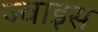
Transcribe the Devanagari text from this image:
ज्वाइस